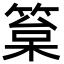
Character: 䈢